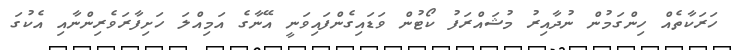
ހަރަކާތެއް ހިންގަމުން ނުދާއިރު މުޝައްރަފު ކޯޓުން ވަޑައިގެންފައިވަނީ އޭނާގެ އަމިއްލަ ހަށިފާރަވެރިންނާއި އެކުގަ